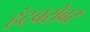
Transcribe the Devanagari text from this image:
हंटबरोबर